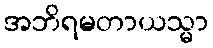
အဘိရမတာယသ္မာ